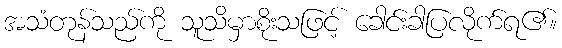
အသံတုန်သည်ကို သူသိမှာစိုးသဖြင့် ခေါင်းခါပြလိုက်ရ၏။